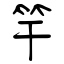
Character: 竿